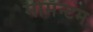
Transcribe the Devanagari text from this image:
मोमॅन्टम